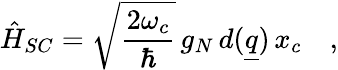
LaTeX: \hat{H}_{SC}=\sqrt{\frac{2\omega_{c}}{\hbar}}\, g_{N}\, d(\underline{{q}})\, x_{c}\quad,